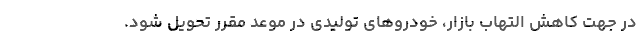
در جهت کاهش التهاب بازار، خودروهای تولیدی در موعد مقرر تحویل شود.